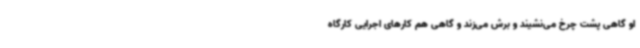
او گاهی پشت چرخ می‌نشیند و برش می‌زند و گاهی هم کارهای اجرایی کارگاه